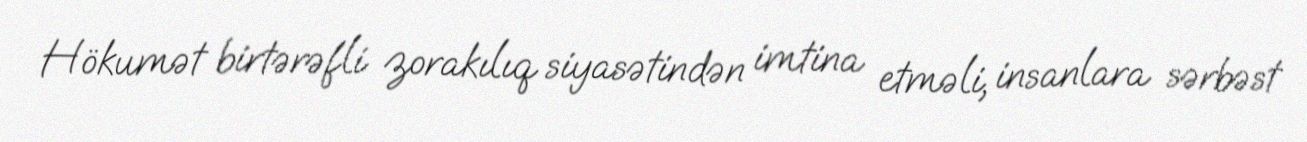
Hökumət birtərəfli zorakılıq siyasətindən imtina etməli, insanlara sərbəst